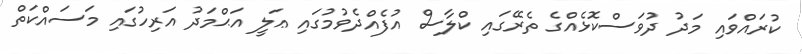
ކުރައްވައި މަދު ދުވަސްކޮޅެއްގެ ތެރޭގައި ކްލާސް އުފެއްދެވުމުގައި ޢަލީ އަޙްމަދު އަރިހުގައި މަސައްކަތް